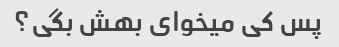
پس کی میخوای بهش بگی؟